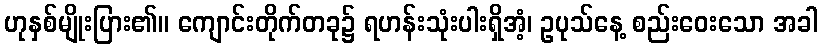
ဟုနှစ်မျိုးပြား၏။ ကျောင်းတိုက်တခု၌ ရဟန်းသုံးပါးရှိအံ့၊ ဥပုသ်နေ့ စည်းဝေးသော အခါ